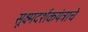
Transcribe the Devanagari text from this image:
सूक्ष्मदर्शकयंत्राचे